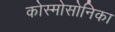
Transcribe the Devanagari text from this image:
कोस्मोसोनिका